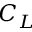
C _ { L }